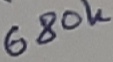
Text: 680K